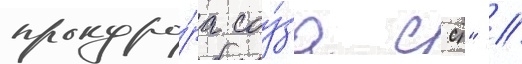
прокуро́ра соу́за сср" //